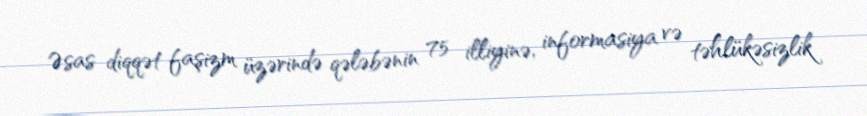
Əsas diqqət faşizm üzərində qələbənin 75 illiyinə, informasiya və təhlükəsizlik